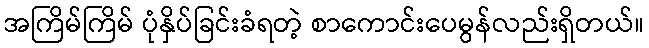
အကြိမ်ကြိမ် ပုံနှိပ်ခြင်းခံရတဲ့ စာကောင်းပေမွန်လည်းရှိတယ်။